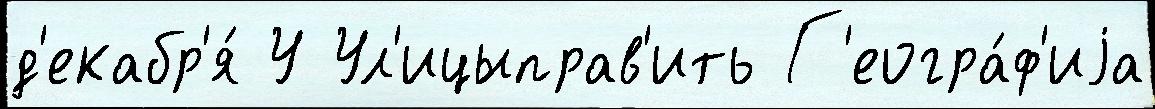
д'екабр'я́ У Ул'ицыправ'ить Г'еогра́ф'иjа